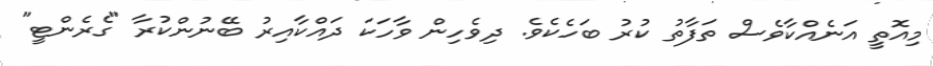
މިއޮތީ އަނެއްކާވެސް ތަފާތު ކުރު ބަހެކެވެ. ދިވެހިން ވާހަކަ ދައްކާއިރު ބޭނުންކުރާ "ގެރެންޓީ"